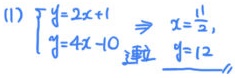
(1) \(\begin{cases}y = 2x+1\\y = 4x - 10\end{cases}\Rightarrow x=\frac{11}{2}\)，接点处 \(y = 12\)